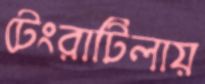
টেংরাটিলায়